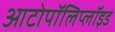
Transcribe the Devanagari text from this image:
आटोपॉलिप्लॉइड